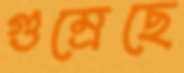
গুম্‌রেছে